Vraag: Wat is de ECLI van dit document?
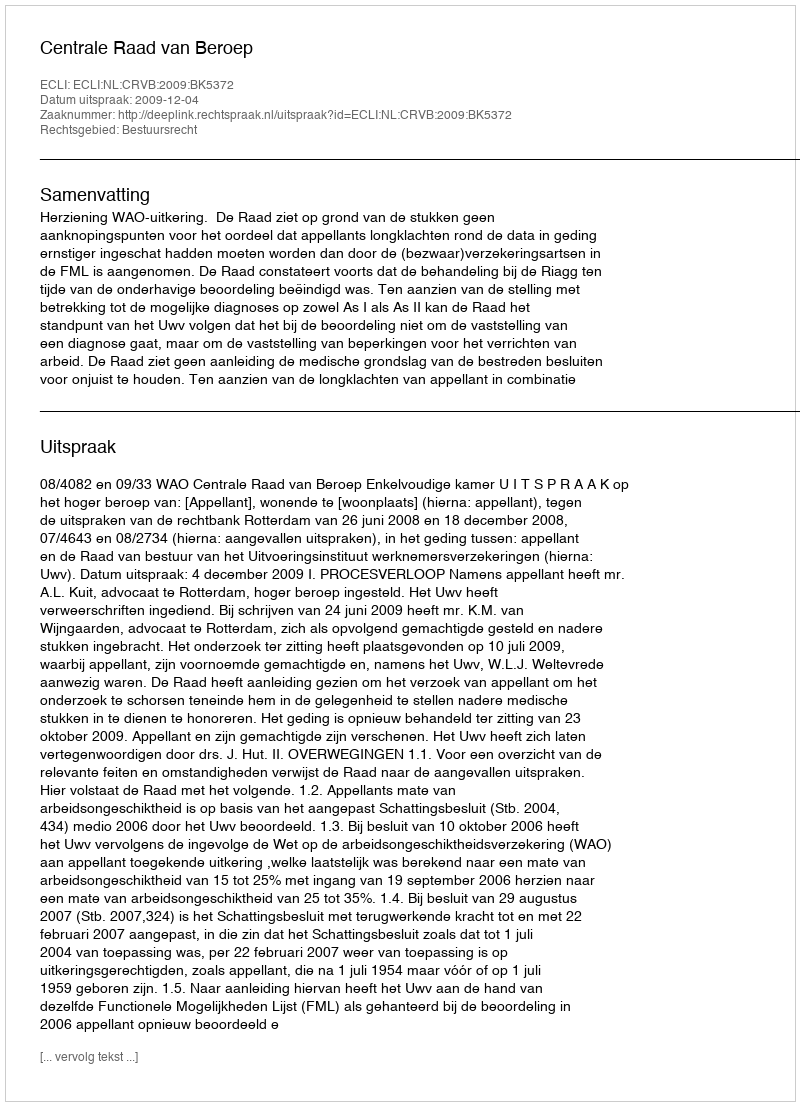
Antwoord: ECLI:NL:CRVB:2009:BK5372